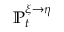
\mathbb { P } _ { t } ^ { \xi \rightarrow \eta }